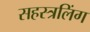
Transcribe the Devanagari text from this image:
सहस्त्रलिंग